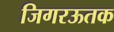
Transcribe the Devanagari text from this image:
जिगरऊतक